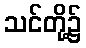
သင်တို့၌